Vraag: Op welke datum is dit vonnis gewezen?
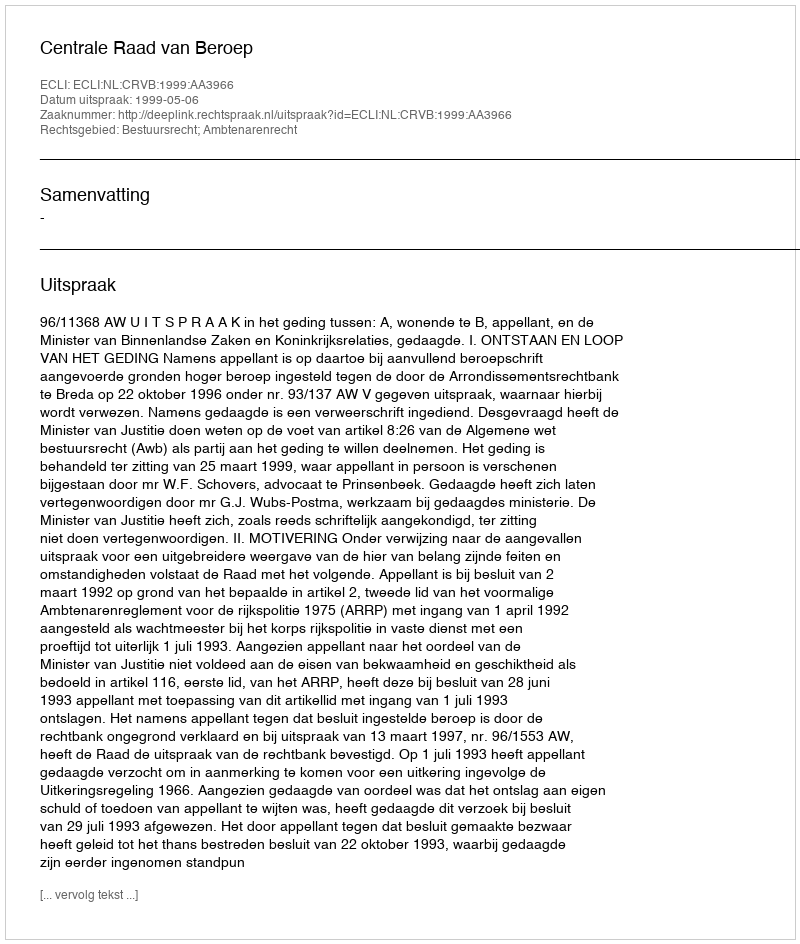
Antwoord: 1999-05-06